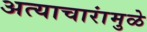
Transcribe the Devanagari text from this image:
अत्याचारांमुळे